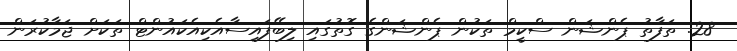
28. ތަފާތު ޕެންޝަން ސްކީމް ތަކުން ޕެންޝަންގެ ގޮތުގައި ލިބޭފައިސާއެކިއެކައުންޓް ތަކަށް ޖަމާކުރަން